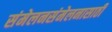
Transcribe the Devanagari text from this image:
संमेलनसंमेलनासाठी